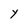
Character: Y